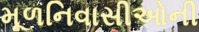
મૂળનિવાસીઓની